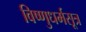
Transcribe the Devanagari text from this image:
विष्णुधर्मसूत्र